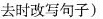
去时改写句子)